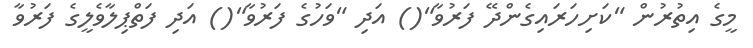
މީގެ އިތުރުން "ކަށިހަރައިގެންދޭ ފަރުވާ"() އަދި "ވަހުގެ ފަރުވާ"() އަދި ފަތްޕިލާވެލީގެ ފަރުވާ